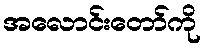
အလောင်းတော်ကို